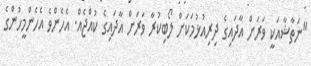
"ނަތާޝާއަކީ ވަރަށް އާދައިގެ ދިރިއުޅުމަކަށް ލޯބިކުރާ ވަރަށް އާދައިގެ ކުއްޖެއް. އެހެންވެ އެހެންމީހުންގެ